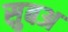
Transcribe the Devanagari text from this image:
सुबअ